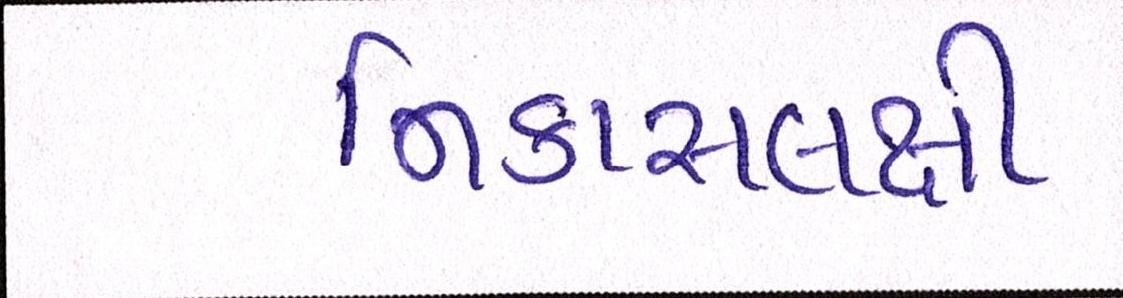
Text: નિકાસલક્ષી